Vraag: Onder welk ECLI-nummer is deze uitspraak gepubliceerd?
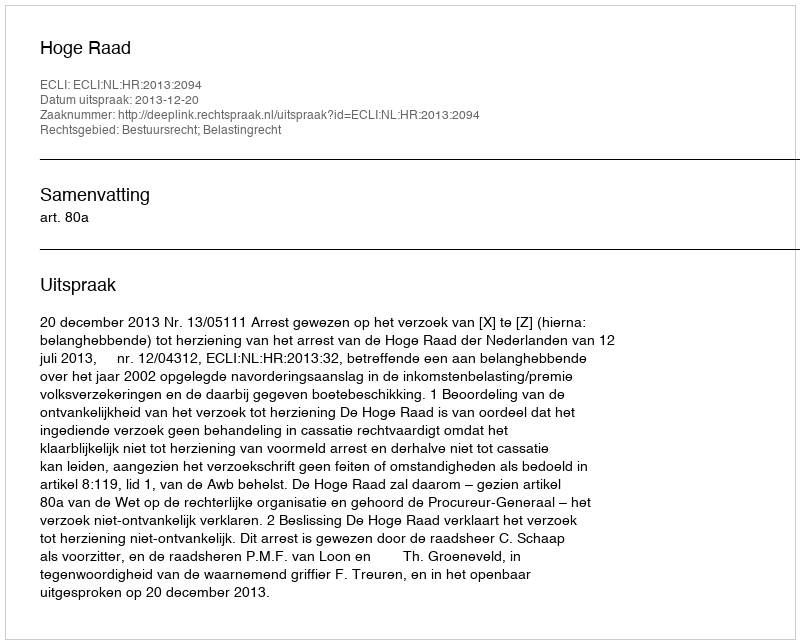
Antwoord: ECLI:NL:HR:2013:2094